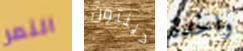
النمر دينتون واحدة